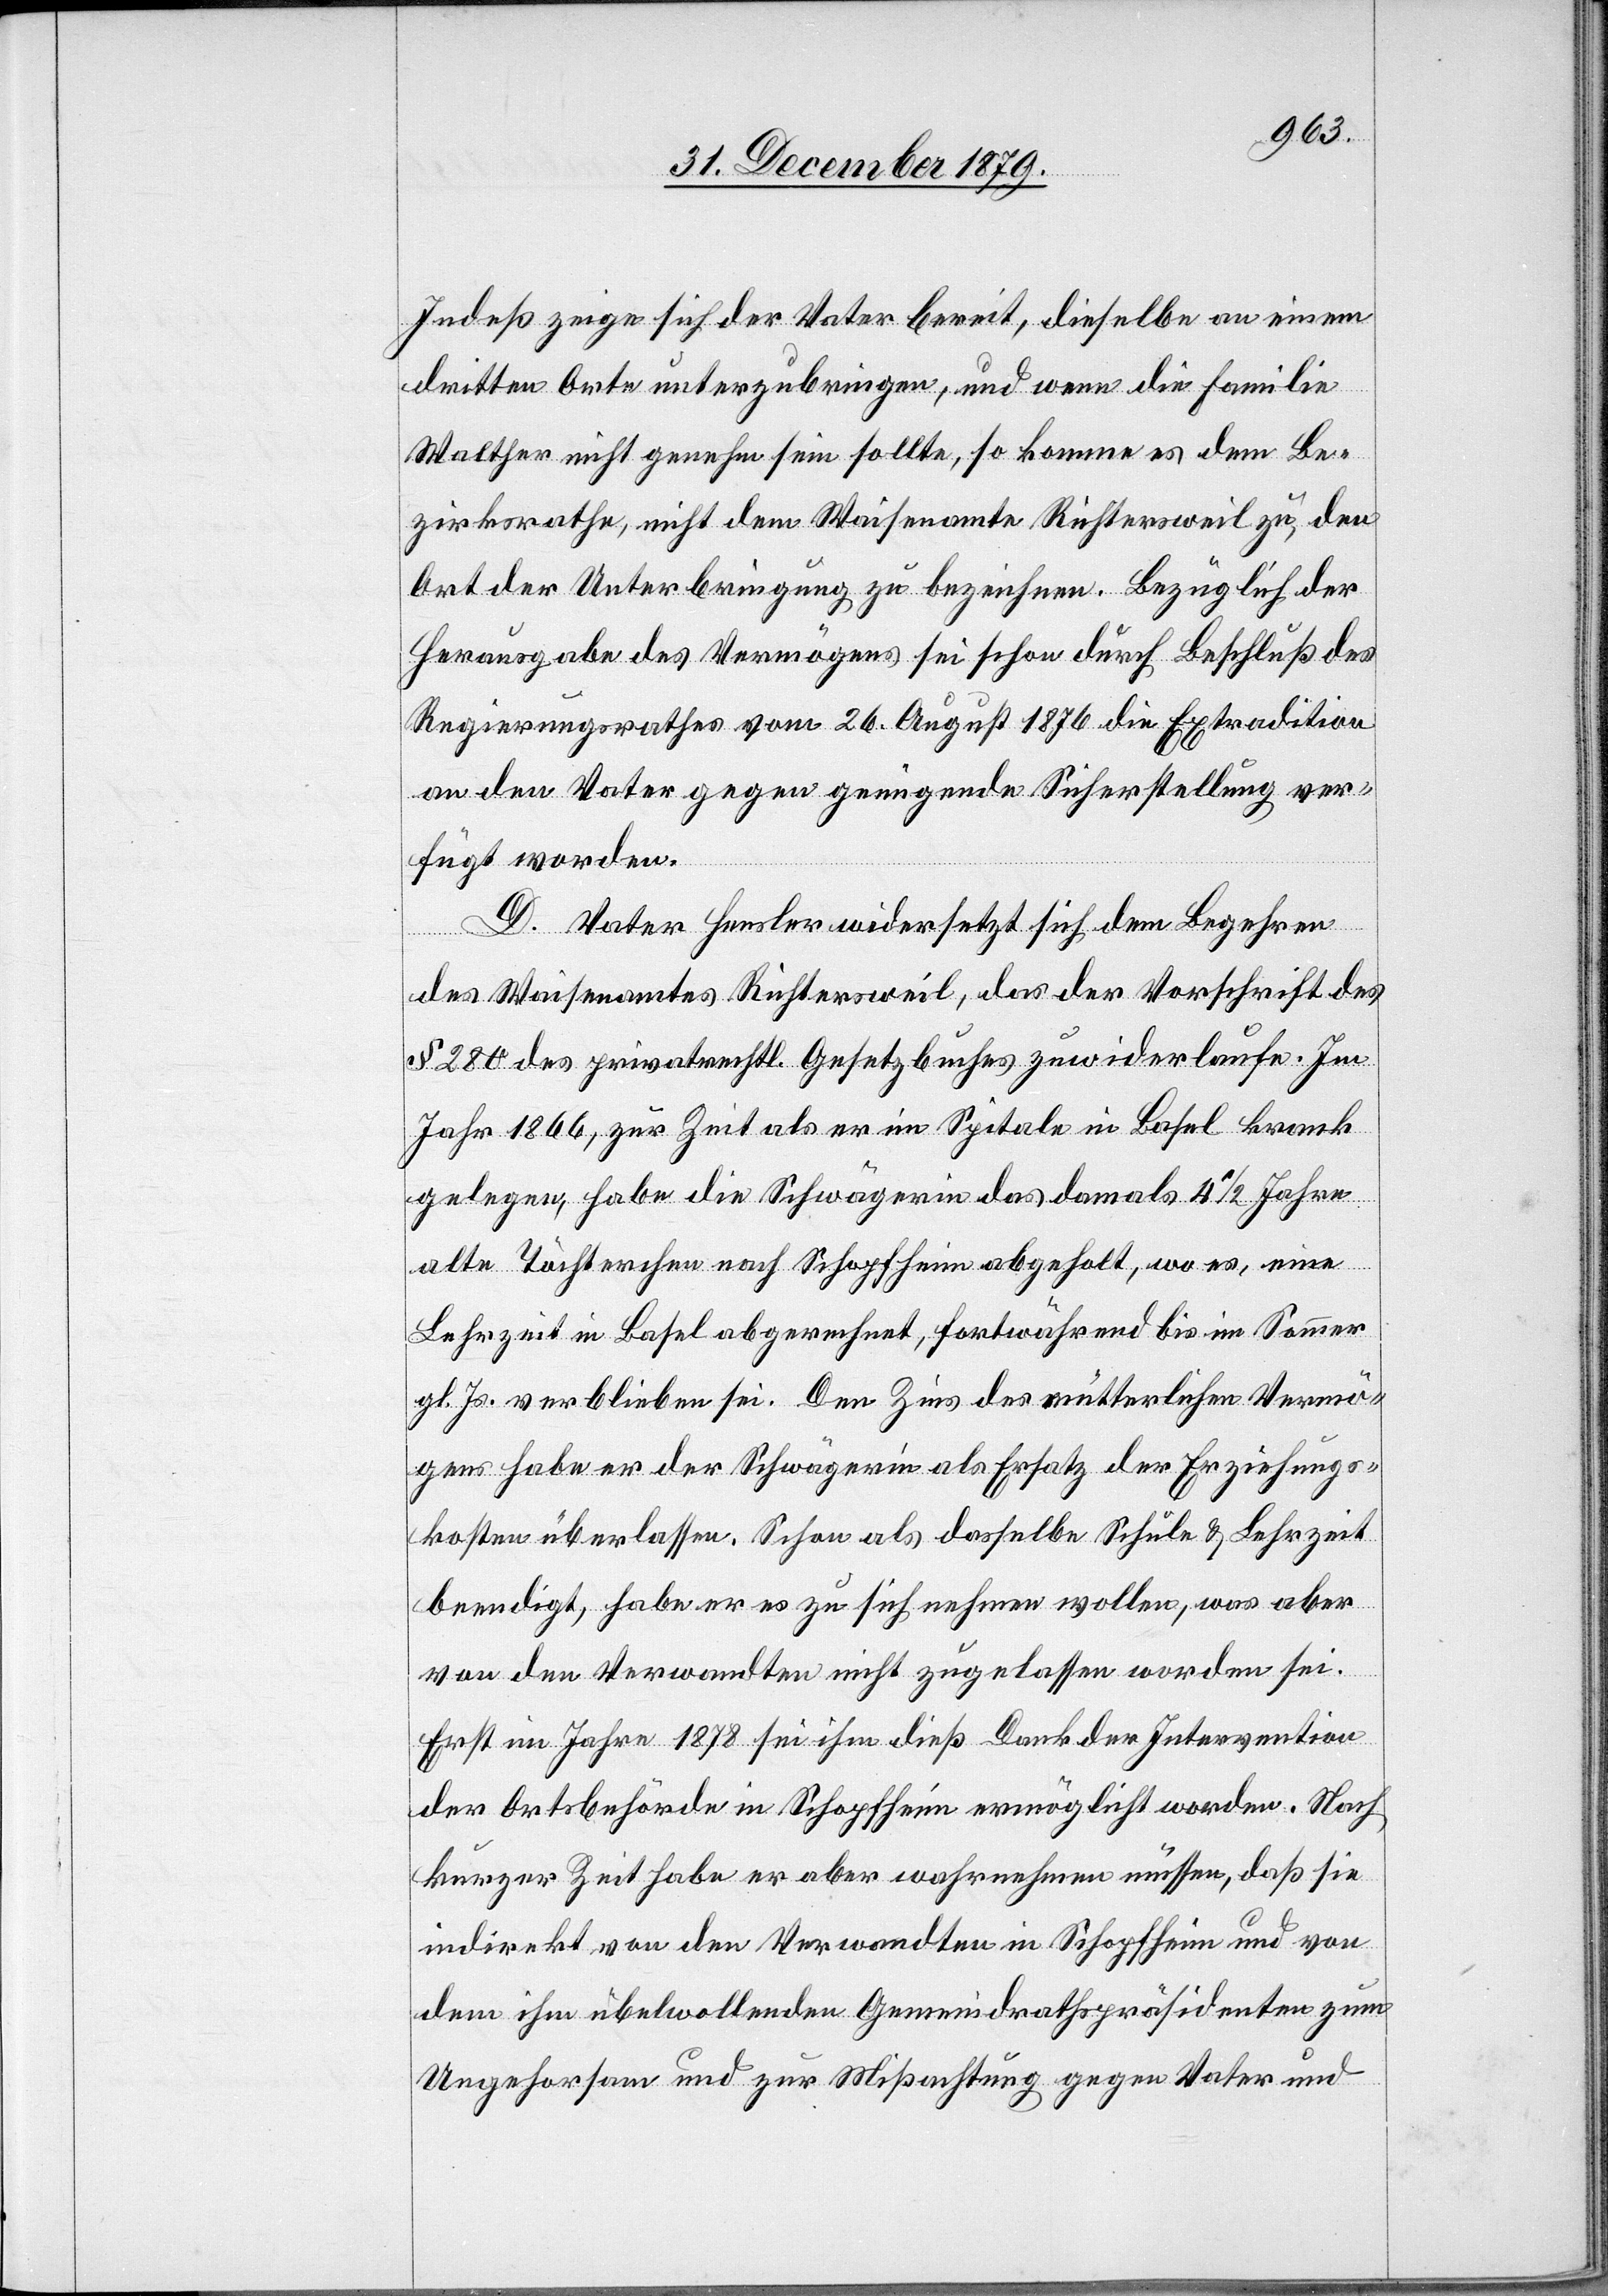
Indeß zeige sich der Vater bereit, dieselbe an einem
dritten Orte unterzubringen, und wenn die Familie
Walther nicht genehm sein sollte, so komme es dem Be¬
zirksrathe, nicht dem Waisenamte Richtersweil zu, den
Ort der Unterbringung zu bezeichnen. Bezüglich der
Herausgabe des Vermögens sei schon durch Beschluß des
Regierungsrathes vom 26. August 1876 die Extradition
an den Vater gegen genügende Sicherstellung ver¬
fügt worden.
D. Vater Hensler widersetzt sich dem Begehren
des Waisenamtes Richtersweil, das der Vorschrift des
§ 280 des privatrechtl. Gesetzbuches zuwiderlaufe. Im
Jahr 1866, zur Zeit als er im Spitale in Basel krank
gelegen, habe die Schwägerin das damals 4 1/2 Jahre
alte Töchterchen nach Schopfheim abgeholt, wo es, eine
Lehrzeit in Basel abgerechnet, fortwährend bis im Sommer
gl. Js. verblieben sei. Den Zins des mütterlichen Vermö¬
gens habe er der Schwägerin als Ersatz der Erziehungs¬
kosten überlassen. Schon als dasselbe Schule & Lehrzeit
beendigt, habe er es zu sich nehmen wollen, was aber
von den Verwandten nicht zugelassen worden sei.
Erst im Jahre 1878 sei ihm dieß Dank der Intervention
der Ortsbehörde in Schopfheim ermöglicht worden. Nach
kurzer Zeit habe er aber wahrnehmen müssen, daß sie
indirekt von den Verwandten in Schopfheim und von
dem ihm übelwollenden Gemeindrathspräsidenten zum
Ungehorsam und zur Mißgunst gegen Vater und